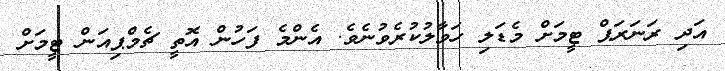
އަދި ރަނަރަޕް ޓީމަށް މެޑަލި ހަވާލުކުރެވުނެވެ. އެންމެ ފަހުން އޮތީ ޗެމްޕިއަން ޓީމަށް